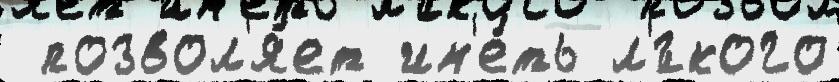
 позвол'я́ет им'е́ть л'́гкого